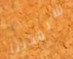
سيمكننا